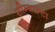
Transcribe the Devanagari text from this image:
सीम्बाल्टा